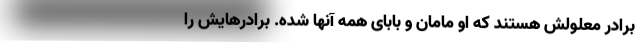
برادر معلولش هستند که او مامان و بابای همه آنها شده. برادرهایش را